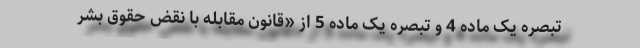
تبصره یک ماده 4 و تبصره یک ماده 5 از «قانون مقابله با نقض حقوق بشر